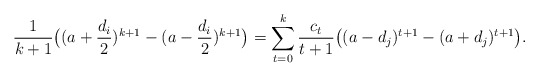
\begin{align*}\frac{1}{k+1}\big((a+\frac{d_i}{2})^{k+1}-(a-\frac{d_i}{2})^{k+1}\big)=\sum_{t=0}^{k}\frac{c_t}{t+1}\big((a-d_j)^{t+1}-(a+d_j)^{t+1}\big).\end{align*}